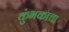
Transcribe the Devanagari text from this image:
कुंभकाचा